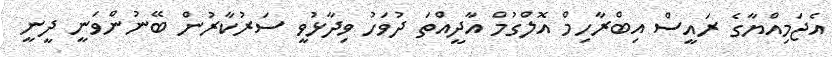
އެޖަމިއްޔާގެ ރައީސް އިބްރާހިމް އޮލްގުމް އާދީއްތަ ދުވަހު ވިދާޅުވީ ސަރުކާރުން ބޭނުންވަނީ ދީނީ